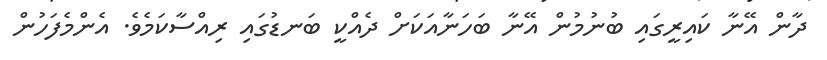
ދާން އޭނާ ކައިރީގައި ބުނުމުން އޭނާ ބަހަނާއަކަށް ދެއްކީ ބަނޑުގައި ރިއްސާކަމެވެ. އެންމެފަހުން